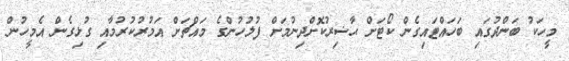
މީހަކު ބަންދުގައި ބަހައްޓައިގެން ކޯޓަށް ޙާޟިރުކޮށްދިނުމަށް ފުލުހުންގެ މައްޗަށް އަމުރުކުރުމާއި ގުޅިގެން އެމީހުން